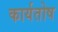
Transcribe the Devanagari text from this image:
कार्यतोष